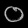
Digit: ၀